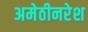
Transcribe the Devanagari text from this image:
अमेठीनरेश